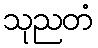
သုညတံ